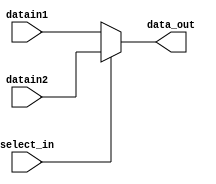
//=========================================================================
// Name & Email must be EXACTLY as in Gradescope roster!
// Name: Michelle Dozal
// 
// Assignment name: Lab #5
// Lab section: 
// TA: Yujia Zhai
// 
// I hereby certify that I have not received assistance on this assignment,
// or used code, from ANY outside source other than the instruction team
// (apart from what was provided in the starter file).
//
//=========================================================================

`timescale 1ns / 1ps

module mux_2_1 (select_in, datain1, datain2, data_out);

// Parameters 
parameter WORD_SIZE = 32 ; 

// Input and outputs 
// Modelling with Continuous Assignments 

input  wire select_in ;  
input  wire [WORD_SIZE-1:0] datain1 ; 
input  wire [WORD_SIZE-1:0] datain2 ; 
output wire [WORD_SIZE-1:0] data_out ;

assign data_out = (select_in) ? datain2 : datain1;

endmodule